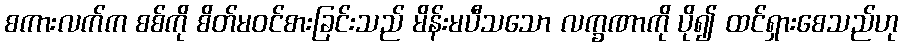
စကားလက်က စစ်ကို စိတ်မဝင်စားခြင်းသည် မိန်းမပီသသော လက္ခဏာကို ပို၍ ထင်ရှားစေသည်ဟု